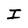
Character: I